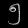
Digit: ၅